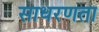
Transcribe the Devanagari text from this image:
साधरणता